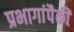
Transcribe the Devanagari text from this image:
प्रभागांपैकी